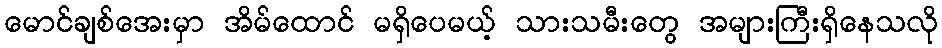
မောင်ချစ်အေးမှာ အိမ်ထောင် မရှိပေမယ့် သားသမီးတွေ အများကြီးရှိနေသလို